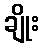
ချိုး